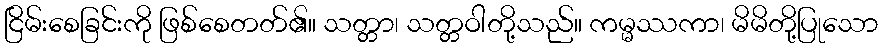
ငြိမ်းစေခြင်းကို ဖြစ်စေတတ်၏။ သတ္တာ၊ သတ္တဝါတို့သည်။ ကမ္မဿကာ၊ မိမိတို့ပြုသော